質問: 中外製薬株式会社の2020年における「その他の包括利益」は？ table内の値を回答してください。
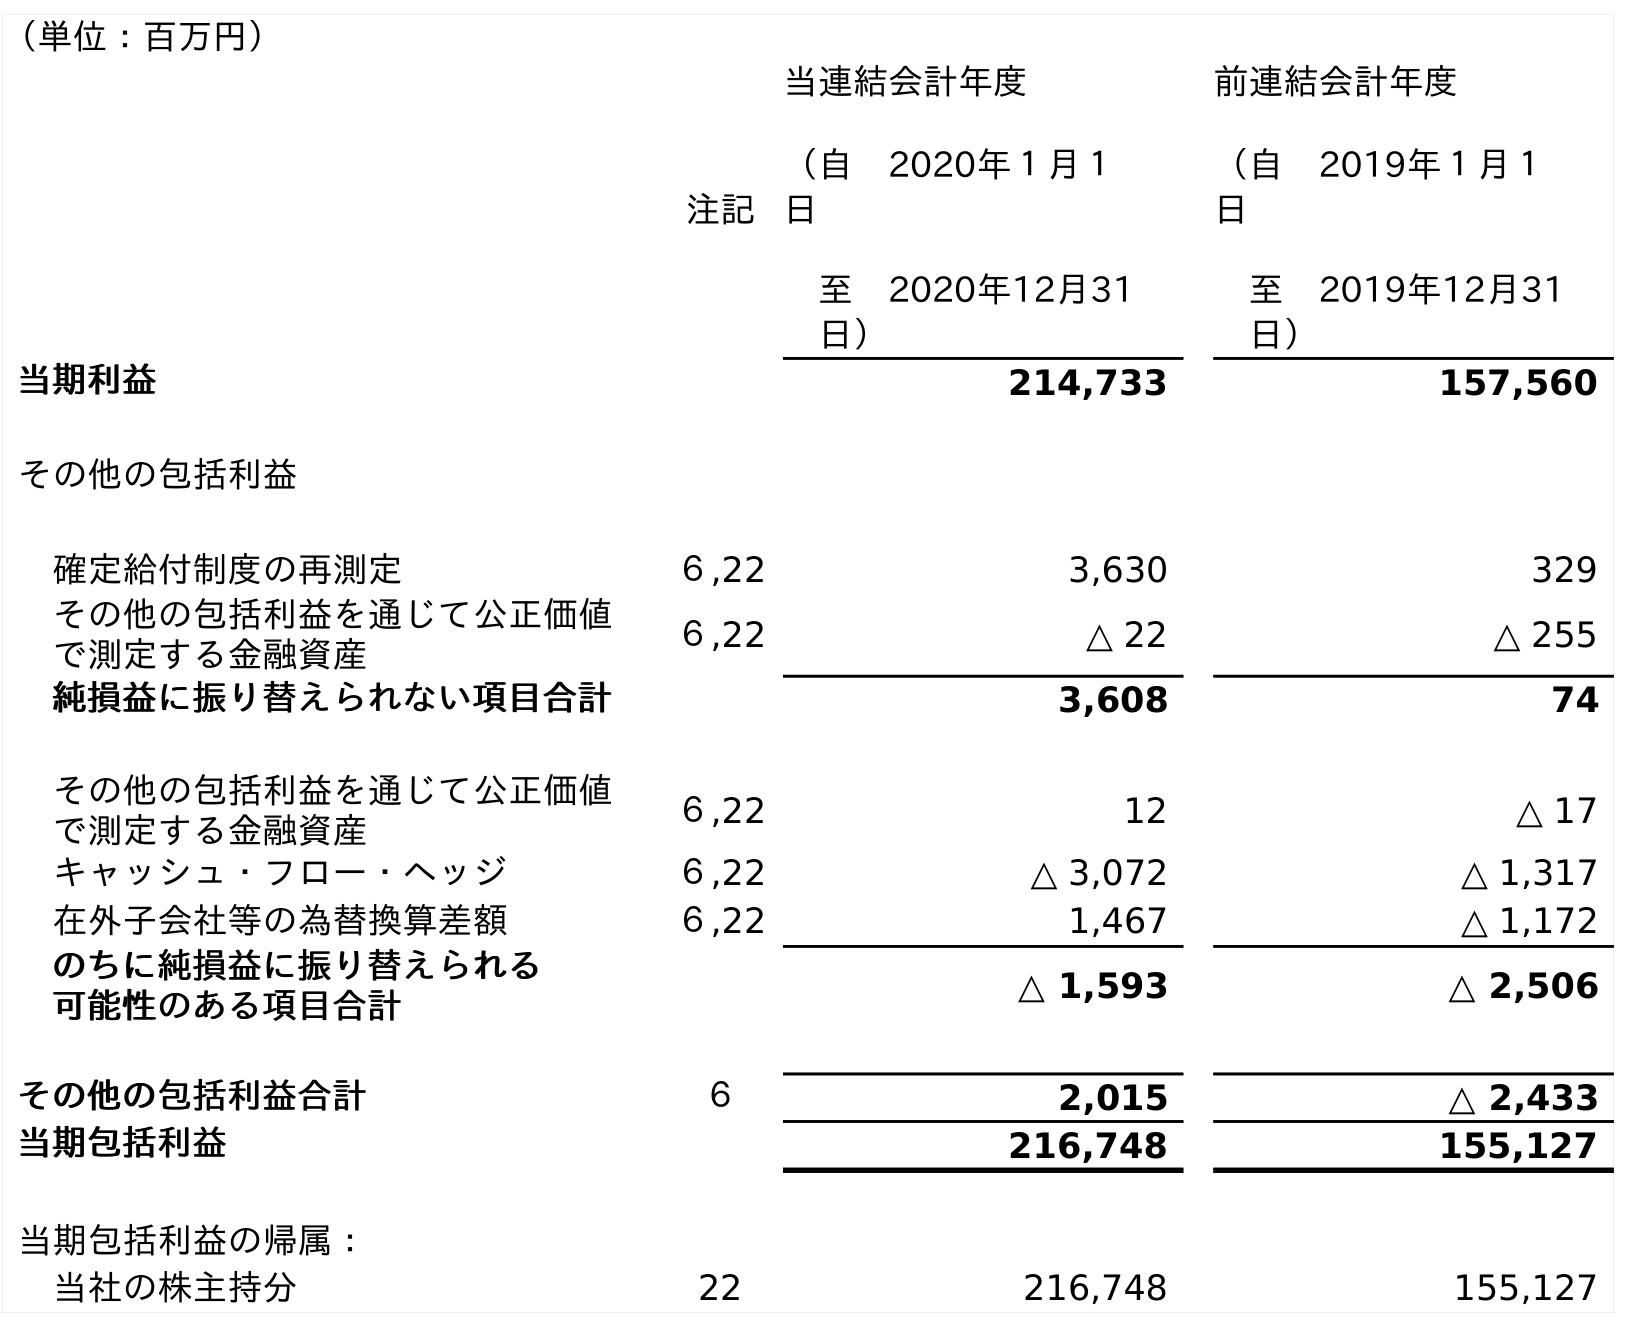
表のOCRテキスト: （単位：百万円） 注記 当連結会計年度 （自 2020年１月１ 日 至 2020年12月31 日） 前連結会計年度 （自 2019年１月１ 日 至 2019年12月31 日） 当期利益 214,733 157,560 その他の包括利益 確定給付制度の再測定 ６,22 3,630 329 その他の包括利益を通じて公正価値 で測定する金融資産 ６,22 △ 22 △ 255 純損益に振り替えられない項目合計 3,608 74 その他の包括利益を通じて公正価値 で測定する金融資産 ６,22 12 △ 17 キャッシュ・フロー・ヘッジ ６,22 △ 3,072 △ 1,317 在外子会社等の為替換算差額 ６,22 1,467 △ 1,172 のちに純損益に振り替えられる 可能性のある項目合計 △ 1,593 △ 2,506 その他の包括利益合計 ６ 2,015 △ 2,433 当期包括利益 216,748 155,127 当期包括利益の帰属： 当社の株主持分 22 216,748 155,127
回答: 2,015